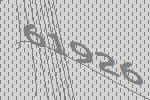
61926